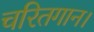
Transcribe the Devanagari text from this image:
चरितगान।